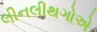
લીનલીથગોએ